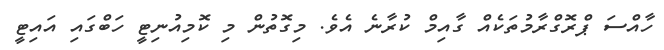
ހާއްސަ ޕްރޮގްރާމުތަކެއް ގާއިމް ކުރާނެ އެވެ. މިގޮތުން މި ކޮމިއުނިޓީ ހަބްގައި އައިޓީ